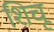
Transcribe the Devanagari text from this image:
शिचू